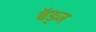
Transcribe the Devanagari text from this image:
बॅड्ज